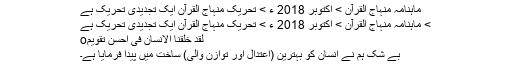
ماہنامہ منہاج القرآن > اکتوبر 2018 ء > تحریک منہاج القرآن ایک تجدیدی تحریک ہے
> ماہنامہ منہاج القرآن > اکتوبر 2018 ء > تحریک منہاج القرآن ایک تجدیدی تحریک ہے
لَقَدْ خَلَقْنَا الْاِنْسَانَ فِیْٓ اَحْسَنِ تَقْوِیْمٍo
بے شک ہم نے انسان کو بہترین (اعتدال اور توازن والی) ساخت میں پیدا فرمایا ہے۔